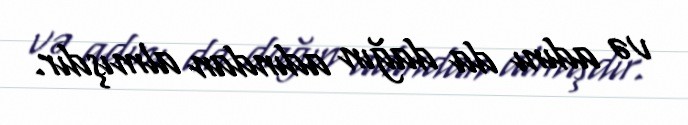
və adını da dağın adından almışdır.